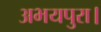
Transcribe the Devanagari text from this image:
अभयपुरा।